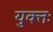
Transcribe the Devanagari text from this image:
युक्‍तः